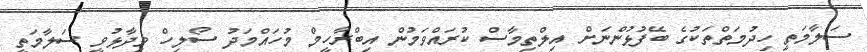
ސަލާމަތީ ހިދުމަތްތަކުގެ ބޭފުޅުންނަށް އިލްތިމާސް ކުރައްވަމުން އިބްރާހީމް މުހައްމަދު ސޯލިހް ވިދާޅުވީ ސަލާމަތީ